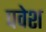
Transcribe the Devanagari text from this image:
पवेश